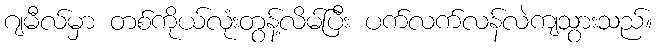
ဂျမီလ်မှာ တစ်ကိုယ်လုံးတွန့်လိမ်ပြီး ပက်လက်လန်လဲကျသွားသည်။